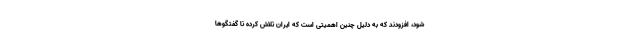
شود، افزودند که به دلیل چنین اهمیتی است که ایران تلاش کرده تا گفتگوها